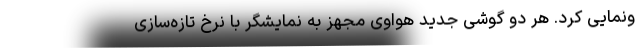
ونمایی کرد. هر دو گوشی جدید هواوی مجهز به نمایشگر با نرخ تازه‌سازی